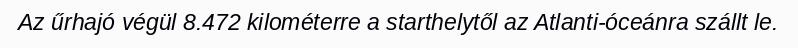
Az űrhajó végül 8.472 kilométerre a starthelytől az Atlanti-óceánra szállt le.